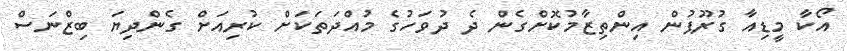
އޯކާ މީޑިއާ ގުރޫޕުން އިންތިޒާމުކޮށްގެން ދެ ދުވަހުގެ މުއްދަތަކަށް ކުރިއަށް ގެންދިޔަ ބިޒްނަސް